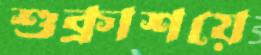
শুক্রাশয়ে